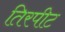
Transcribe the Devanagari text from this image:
तिरपीट